system: You are a helpful assistant.
user:
Analyze the provided spectrum to determine if it is a **Carbon Star (C-type)**.

- **Key Visual Indicators of Carbon Star:**
    - **(Primary):** Strong molecular absorption from **C₂ (diatomic carbon) "Swan Bands."** This is the **defining feature** of a carbon star.
        - **(Key Bandheads):** Sharp absorption edges are visible at approximately $5635$ Å, $5165$ Å (the strongest band), and $4737$ Å.
        - **(Line Profile):** Creates a distinct **"saw-tooth"** pattern. The key morphology is a sharp, steep bandhead on the **red (long-wavelength) side**, which then gradually tapers off (i.e., flux recovers) towards the **blue (short-wavelength) side**. *(This is the direct opposite of the TiO bands seen in M-type stars)*.

    - **(Secondary):** Intense **CN (cyanogen)** molecular absorption bands.
        - **(Key Bandheads):** Located in the blue and violet regions of the spectrum (e.g., near $4215$ Å and $3883$ Å).
        - **(Morphology):** These bands are extremely broad and act as a "blanket," absorbing the vast majority of blue and violet light. This creates a characteristic **"cliff"** or **"steep drop-off"** in the spectrum's flux at short wavelengths.

    - **(Key Confirmation):** Strong **CH absorption band (G-band)**.
        - **(Key Bandhead):** Located around $4300$ Å. The contribution from CH molecules to this band is exceptionally strong.

    - **(Overall Spectrum):**
        - The continuum is severely "chopped up" by these deep molecular bands, especially C₂, rather than appearing as a smooth curve.
        - Due to the heavy CN and C₂ absorption in the blue-green, the vast majority of the star's flux is concentrated in the red part of the spectrum, giving the star its characteristic deep red color.

Think first, call **spectral_visualization_tool** if needed to examine features in detail, then provide your final answer. Your response must adhere to the following strict rules:
1.  **Overall Structure:** Your response must follow the format `<think>...</think> <tool_call>...</tool_call> (if a tool is used) <answer>...</answer>`.
2.  **Tool Usage Constraint:** You may only make **one** tool call per turn.
3.  **Final Answer Format:** In the `<answer>` tag, your conclusion must be inside a `\boxed{}` command (e.g., `\boxed{YES}`), followed by your justification.

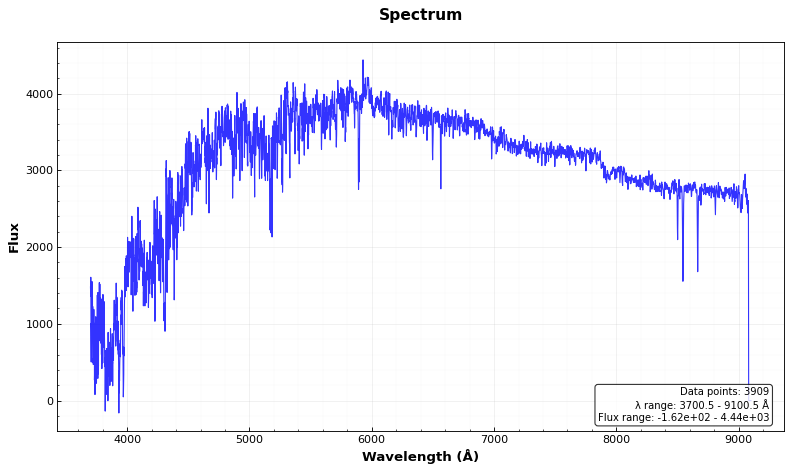
Answer: NO